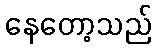
နေတော့သည်